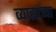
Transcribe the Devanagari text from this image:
व्याह्यांच्या